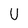
Character: U